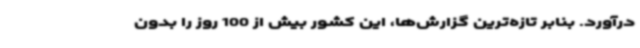
درآورد. بنابر تازه‌ترین گزارش‌ها، این کشور بیش از 100 روز را بدون